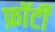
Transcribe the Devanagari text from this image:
फ़ॉर्टी